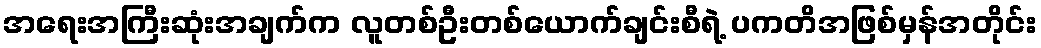
အရေးအကြီးဆုံးအချက်က လူတစ်ဦးတစ်ယောက်ချင်းစီရဲ့ ပကတိအဖြစ်မှန်အတိုင်း